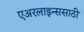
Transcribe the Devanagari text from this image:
एअरलाइन्ससाठी